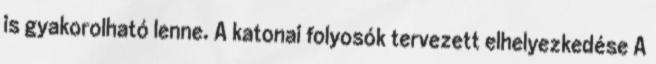
is gyakorolható lenne. A katonai folyosók tervezett elhelyezkedése A